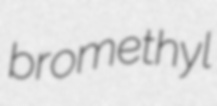
bromethyl